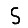
Digit: 5